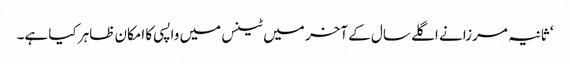
‘ ثانیہ مرزا نے اگلے سال کے آخر میں ٹینس میں واپسی کا امکان ظاہر کیا ہے۔